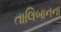
તાલિબાનના